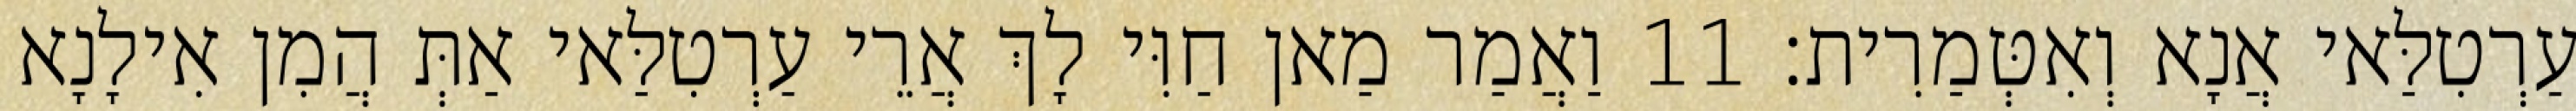
עַרְטִלַּאי אֲנָא וְאִטְּמַרִית׃ 11 וַאֲמַר מַאן חַוִּי לָךְ אֲרֵי עַרְטִלַּאי אַתְּ הֲמִן אִילָנָא